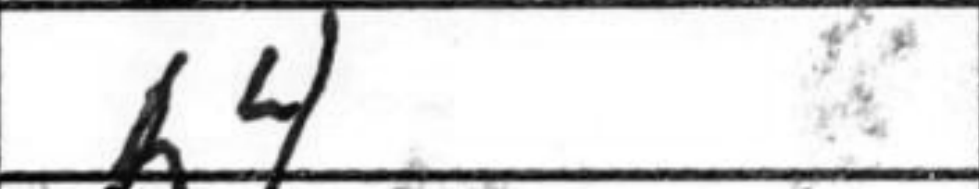
Transcription: b4